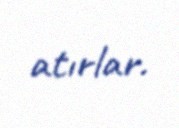
atırlar.